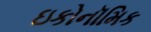
ઇકોનૉમિક